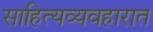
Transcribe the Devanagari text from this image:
साहित्यव्यवहारात